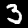
Digit: 3